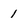
Character: 1